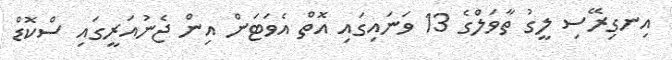
އިނގިރޭސި ލީގު ތާވަލްގެ 13 ވަނައިގައި އޮތް އެވަޓަން އިން ޖެނުއަރީގައި ސްކޮޑް